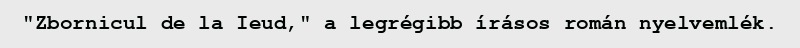
"Zbornicul de la Ieud," a legrégibb írásos román nyelvemlék.